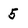
Character: 5